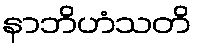
နာဘိဟံသတိ